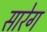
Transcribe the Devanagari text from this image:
सारेग